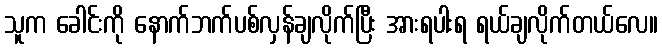
သူက ခေါင်းကို နောက်ဘက်ပစ်လှန်ချလိုက်ပြီး အားရပါးရ ရယ်ချလိုက်တယ်လေ။